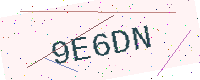
Text: 9E6DN